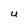
Character: U